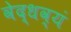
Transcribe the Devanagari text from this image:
वेद्धव्यं